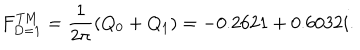
LaTeX: F _ { D = 1 } ^ { \mathrm { T M } } = { \frac { 1 } { 2 \pi } } ( Q _ { 0 } + Q _ { 1 } ) = - 0 . 2 6 2 1 + 0 . 6 0 3 2 i .